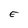
Character: E